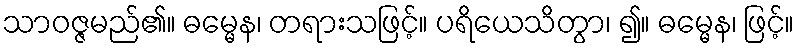
သာဝဇ္ဇမည်၏။ ဓမ္မေန၊ တရားသဖြင့်။ ပရိယေသိတွာ၊ ၍။ ဓမ္မေန၊ ဖြင့်။